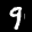
Label: 9